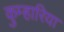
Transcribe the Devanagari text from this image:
कुम्हारिया